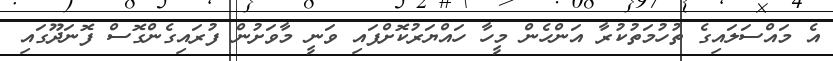
އެ މައްސަލައިގެ ތުހުމަތުކުރާ އަންހެން މީހާ ހައްޔަރުކޮށްފައި ވަނީ މާވަށުން ފުރައިގެންގޮސް ފޮނަދޫގައި